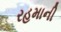
રહમાની